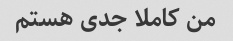
من کاملا جدی هستم